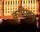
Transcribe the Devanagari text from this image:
कुटियान